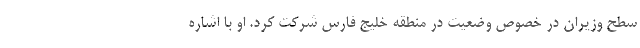
سطح وزیران در خصوص وضعیت در منطقه خلیج فارس شرکت کرد. او با اشاره